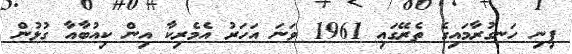
ފިނި ހަނގުރާމައިގެ ތެރޭގައި 1961 ވަނަ އަހަރު އެމެރިކާ އިން ކިއުބާއާ ގުޅުން